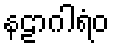
နဠာဂါရံဝ